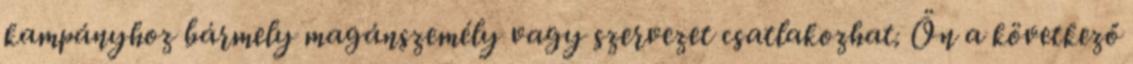
kampányhoz bármely magánszemély vagy szervezet csatlakozhat. Ön a következő